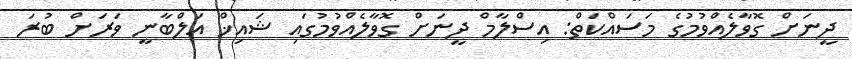
ދީނަށް ގޮވާލެއްވުމުގެ މަސައްކަތް: އިސްލާމް ދީނަށް ގޮވާލެއްވުމުގައި ޝައިޚް އަލްބާނީ ވަރަށް ބުރަ